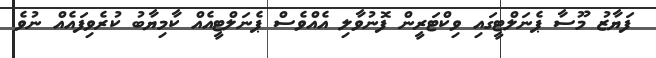
ފަޔާޒު މޫސާ ޕެނަލްޓީގައި ވިކްޓަރީން ފޮނުވާލި އެއްވެސް ޕެނަލްޓީއެއް ކާމިޔާބު ކުރެވިފައެއް ނުވެ